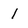
Character: l